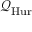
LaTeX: { \mathcal { Q } } _ { \mathrm { H u r } }